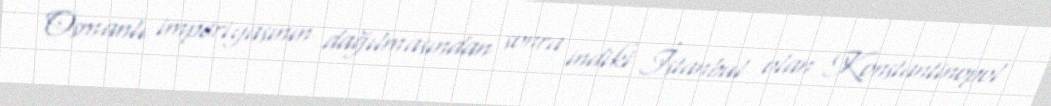
Osmanlı imperiyasının dağılmasından sonra indiki İstanbul olan Konstantinopol